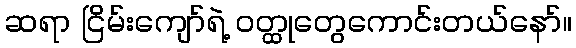
ဆရာ ငြိမ်းကျော်ရဲ့ ဝတ္ထုတွေကောင်းတယ်နော်။